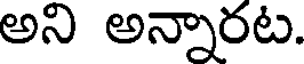
అని అన్నారట.